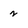
Character: 2